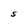
Character: S